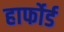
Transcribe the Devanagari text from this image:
हार्फोर्ड